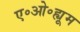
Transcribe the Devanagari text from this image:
ए॰ओ॰ह्यूम